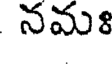
నమః